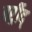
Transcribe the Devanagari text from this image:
बर्र्र्रीद्